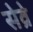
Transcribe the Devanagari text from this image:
सेव्रे